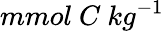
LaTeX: mmol~C~kg^{-1}